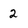
Character: 2